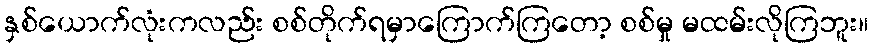
နှစ်ယောက်လုံးကလည်း စစ်တိုက်ရမှာကြောက်ကြတော့ စစ်မှု မထမ်းလိုကြဘူး။